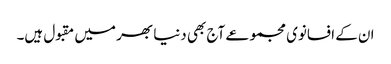
ان کے افسانوی مجموعے آج بھی دنیا بھر میں مقبول ہیں۔